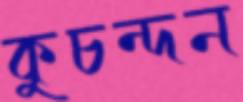
কুচন্দন